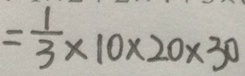
= \frac { 1 } { 3 } \times 1 0 \times 2 0 \times 3 0